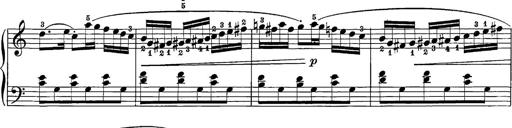
Title: 12 Sonatine per Pianoforte
Composer: Friedrich Kuhlau